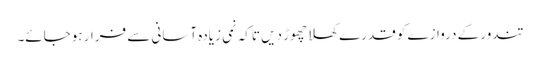
تندور کے دروازے کو قدرے کھلا چھوڑ دیں تاکہ نمی زیادہ آسانی سے فرار ہوجائے۔